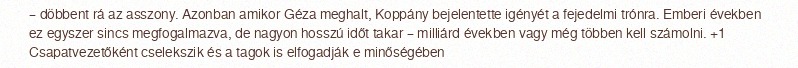
– döbbent rá az asszony. Azonban amikor Géza meghalt, Koppány bejelentette igényét a fejedelmi trónra. Emberi években ez egyszer sincs megfogalmazva, de nagyon hosszú időt takar – milliárd években vagy még többen kell számolni. +1 Csapatvezetőként cselekszik és a tagok is elfogadják e minőségében